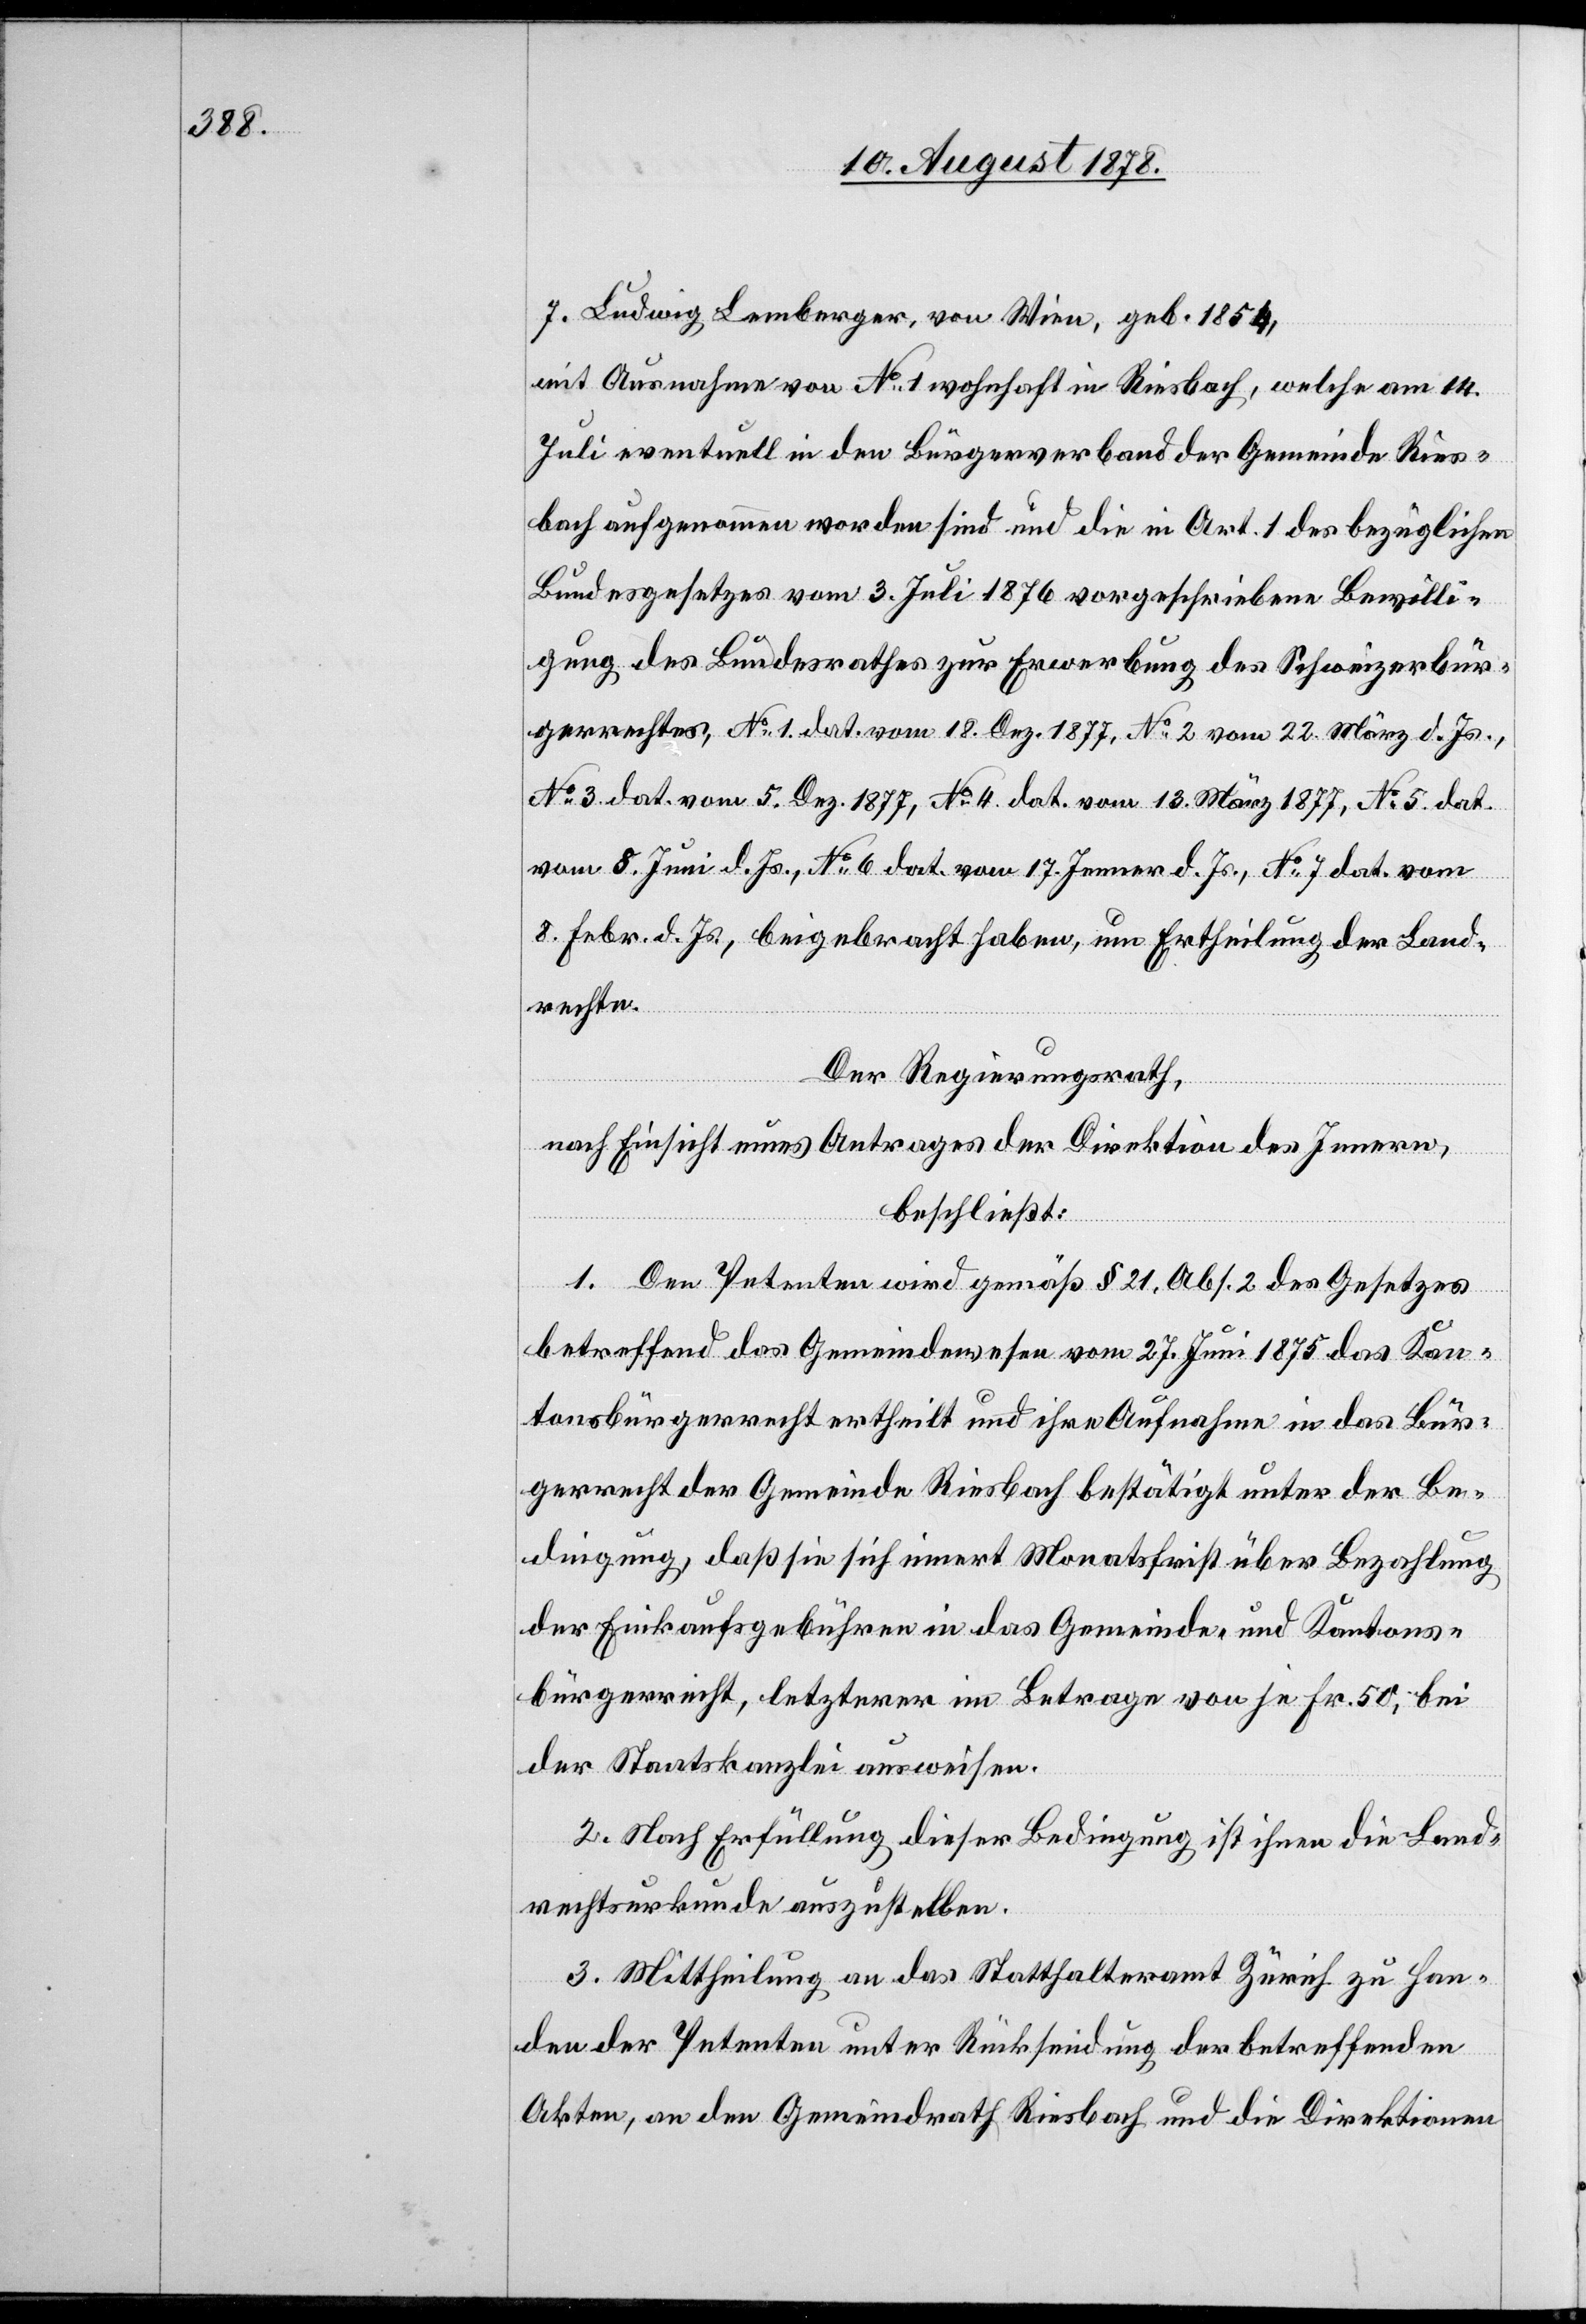
Ludwig Lemberger, von Wien, geb. 1854,
mit Ausnahme von No 1 wohnhaft in Riesbach, welche am 14.
Juli eventuell in den Bürgerverband der Gemeinde Ries¬
bach aufgenommen worden sind und die in Art. 1 des bezüglichen
Bundesgesetzes vom 3. Juli 1876 vorgeschriebene Bewilli¬
gung des Bundesrathes zur Erwerbung des Schweizerbür¬
gerrechtes, No 1. dat. vom 18. Dez. 1877, No 2 vom 22. März 1877,
vom 8. Juni d. Js., No 6 dat. vom 17. Jenner d. Js., No 7 dat. vom
8. Febr. d. Js., beigebracht haben, um Ertheilung der Land¬
rechte.
Der Regierungsrath,
nach Einsicht eines Antrages der Direktion des Innern,
beschließt:
1. Den Petenten wird gemäß § 21, Abs. 2 des Gesetzes
betreffend das Gemeindewesen vom 27. Juni 1875 das Kan¬
tonsbürgerrecht ertheilt und ihre Aufnahme in das Bür¬
gerrecht der Gemeinde Riesbach bestätigt unter der Be¬
dingung, daß sie sich innert Monatsfrist über Bezahlung
der Einkaufsgebühren in das Gemeinde- und Kantons¬
bürgerrecht, letzterer im Betrage von je Fr. 50, bei
der Staatskanzlei ausweisen.
2. Nach Erfüllung dieser Bedingung ist ihnen die Land¬
rechtsurkunde auszustellen.
3. Mittheilung an das Statthalteramt Zürich zu Han¬
den der Petenten unter Rücksendung der betreffenden
Akten, an den Gemeindrath Riesbach und die Direktionen